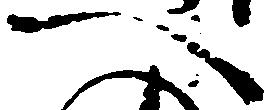
へ